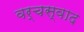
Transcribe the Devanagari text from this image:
वर्चस्वाद